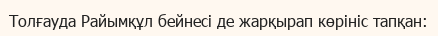
Толғауда Райымқұл бейнесі де жарқырап көрініс тапқан: